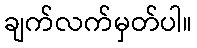
ချက်လက်မှတ်ပါ။